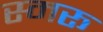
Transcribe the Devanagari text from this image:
स्मरू